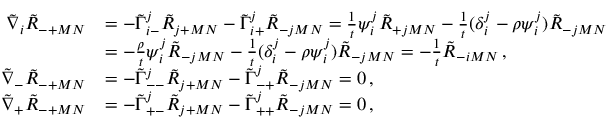
\begin{array} { r l } { \tilde { \nabla } _ { i } \tilde { R } _ { - + M N } } & { = - \tilde { \Gamma } ^ { j } _ { i - } \tilde { R } _ { j + M N } - \tilde { \Gamma } ^ { j } _ { i + } \tilde { R } _ { - j M N } = \frac { 1 } { t } \psi _ { i } ^ { j } \tilde { R } _ { + j M N } - \frac { 1 } { t } ( \delta ^ { j } _ { i } - \rho \psi ^ { j } _ { i } ) \tilde { R } _ { - j M N } } \\ & { = - \frac { \rho } { t } \psi _ { i } ^ { j } \tilde { R } _ { - j M N } - \frac { 1 } { t } ( \delta ^ { j } _ { i } - \rho \psi _ { i } ^ { j } ) \tilde { R } _ { - j M N } = - \frac { 1 } { t } \tilde { R } _ { - i M N } \, , } \\ { \tilde { \nabla } _ { - } \tilde { R } _ { - + M N } } & { = - \tilde { \Gamma } ^ { j } _ { -- } \tilde { R } _ { j + M N } - \tilde { \Gamma } ^ { j } _ { - + } \tilde { R } _ { - j M N } = 0 \, , } \\ { \tilde { \nabla } _ { + } \tilde { R } _ { - + M N } } & { = - \tilde { \Gamma } ^ { j } _ { + - } \tilde { R } _ { j + M N } - \tilde { \Gamma } ^ { j } _ { + + } \tilde { R } _ { - j M N } = 0 \, , } \end{array}